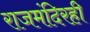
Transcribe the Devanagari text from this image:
राजमंदिरही